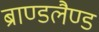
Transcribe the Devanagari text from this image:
ब्राण्डलैण्ड